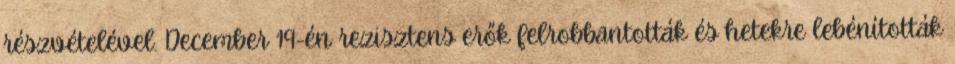
részvételével. December 19-én rezisztens erők felrobbantották és hetekre lebénították